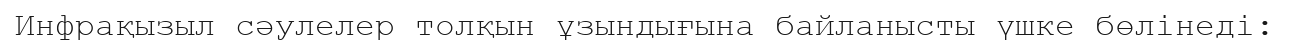
Инфрақызыл сәулелер толқын ұзындығына байланысты үшке бөлінеді: